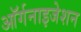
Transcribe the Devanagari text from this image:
आॅर्गनाइजेशन